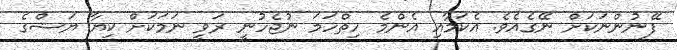
ފޭނުންނަކަށް ނޭގެއެވެ. އެކަމާއި އެންމެ ހިތްހަމަ ނުޖެހުނީ ރަވީ ނަމަކަށް ކިޔާ ޔަޝްގެ